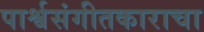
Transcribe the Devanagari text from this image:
पार्श्वसंगीतकाराचा